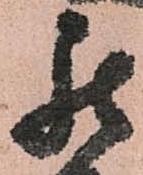
罷